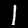
Digit: 1